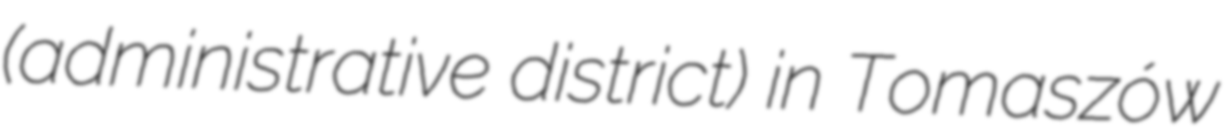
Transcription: (administrative district) in Tomaszów